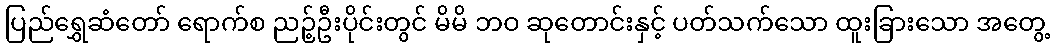
ပြည်ရွှေဆံတော် ရောက်စ ညဉ့်ဦးပိုင်းတွင် မိမိ ဘဝ ဆုတောင်းနှင့် ပတ်သက်သော ထူးခြားသော အတွေ့